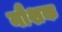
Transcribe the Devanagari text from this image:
नौशक